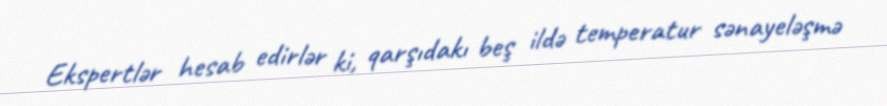
Ekspertlər hesab edirlər ki, qarşıdakı beş ildə temperatur sənayeləşmə